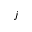
j